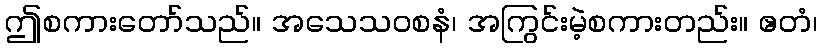
ဤစကားတော်သည်။ အသေသဝစနံ၊ အကြွင်းမဲ့စကားတည်း။ ဧတံ၊